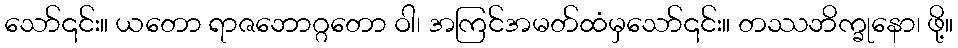
သော်၎င်း။ ယတော ရာဇဘောဂ္ဂတော ဝါ၊ အကြင်အမတ်ထံမှသော်၎င်း။ တဿဘိက္ခုနော၊ ဖို့။